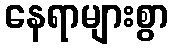
နေရာများစွာ